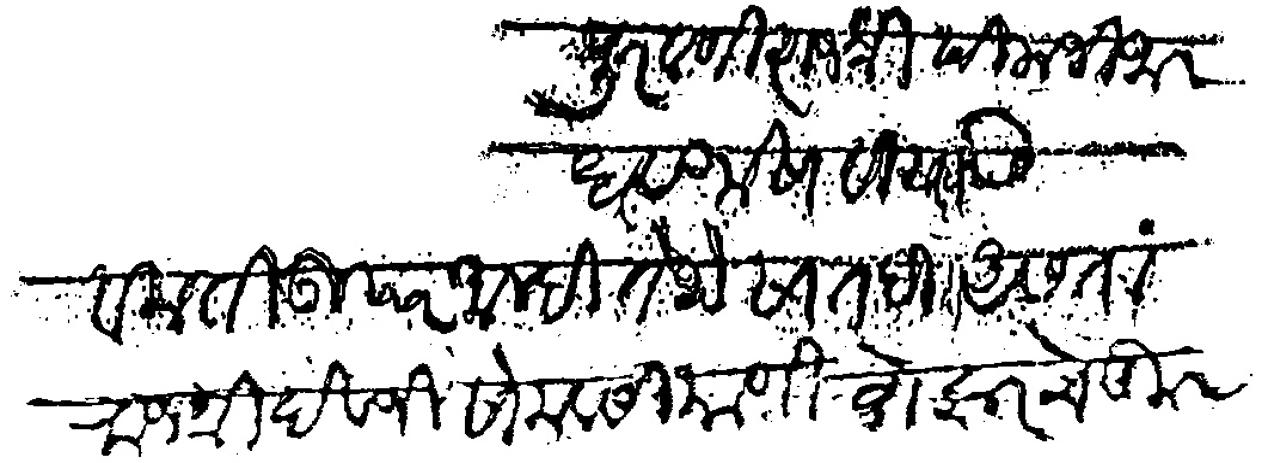
Transliteration (Devanagari): पुरवणी राजश्री पिलाजी जाधव गोसावी यास विनती उपर आम्ही तेथे सातदी असता राजश्री देवजी सोमवंसी याणी वोझर चे कूल